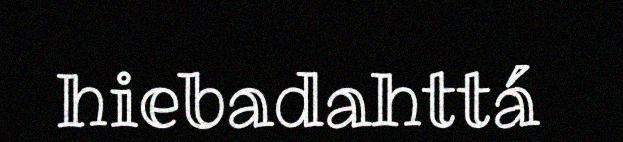
hiebadahttá